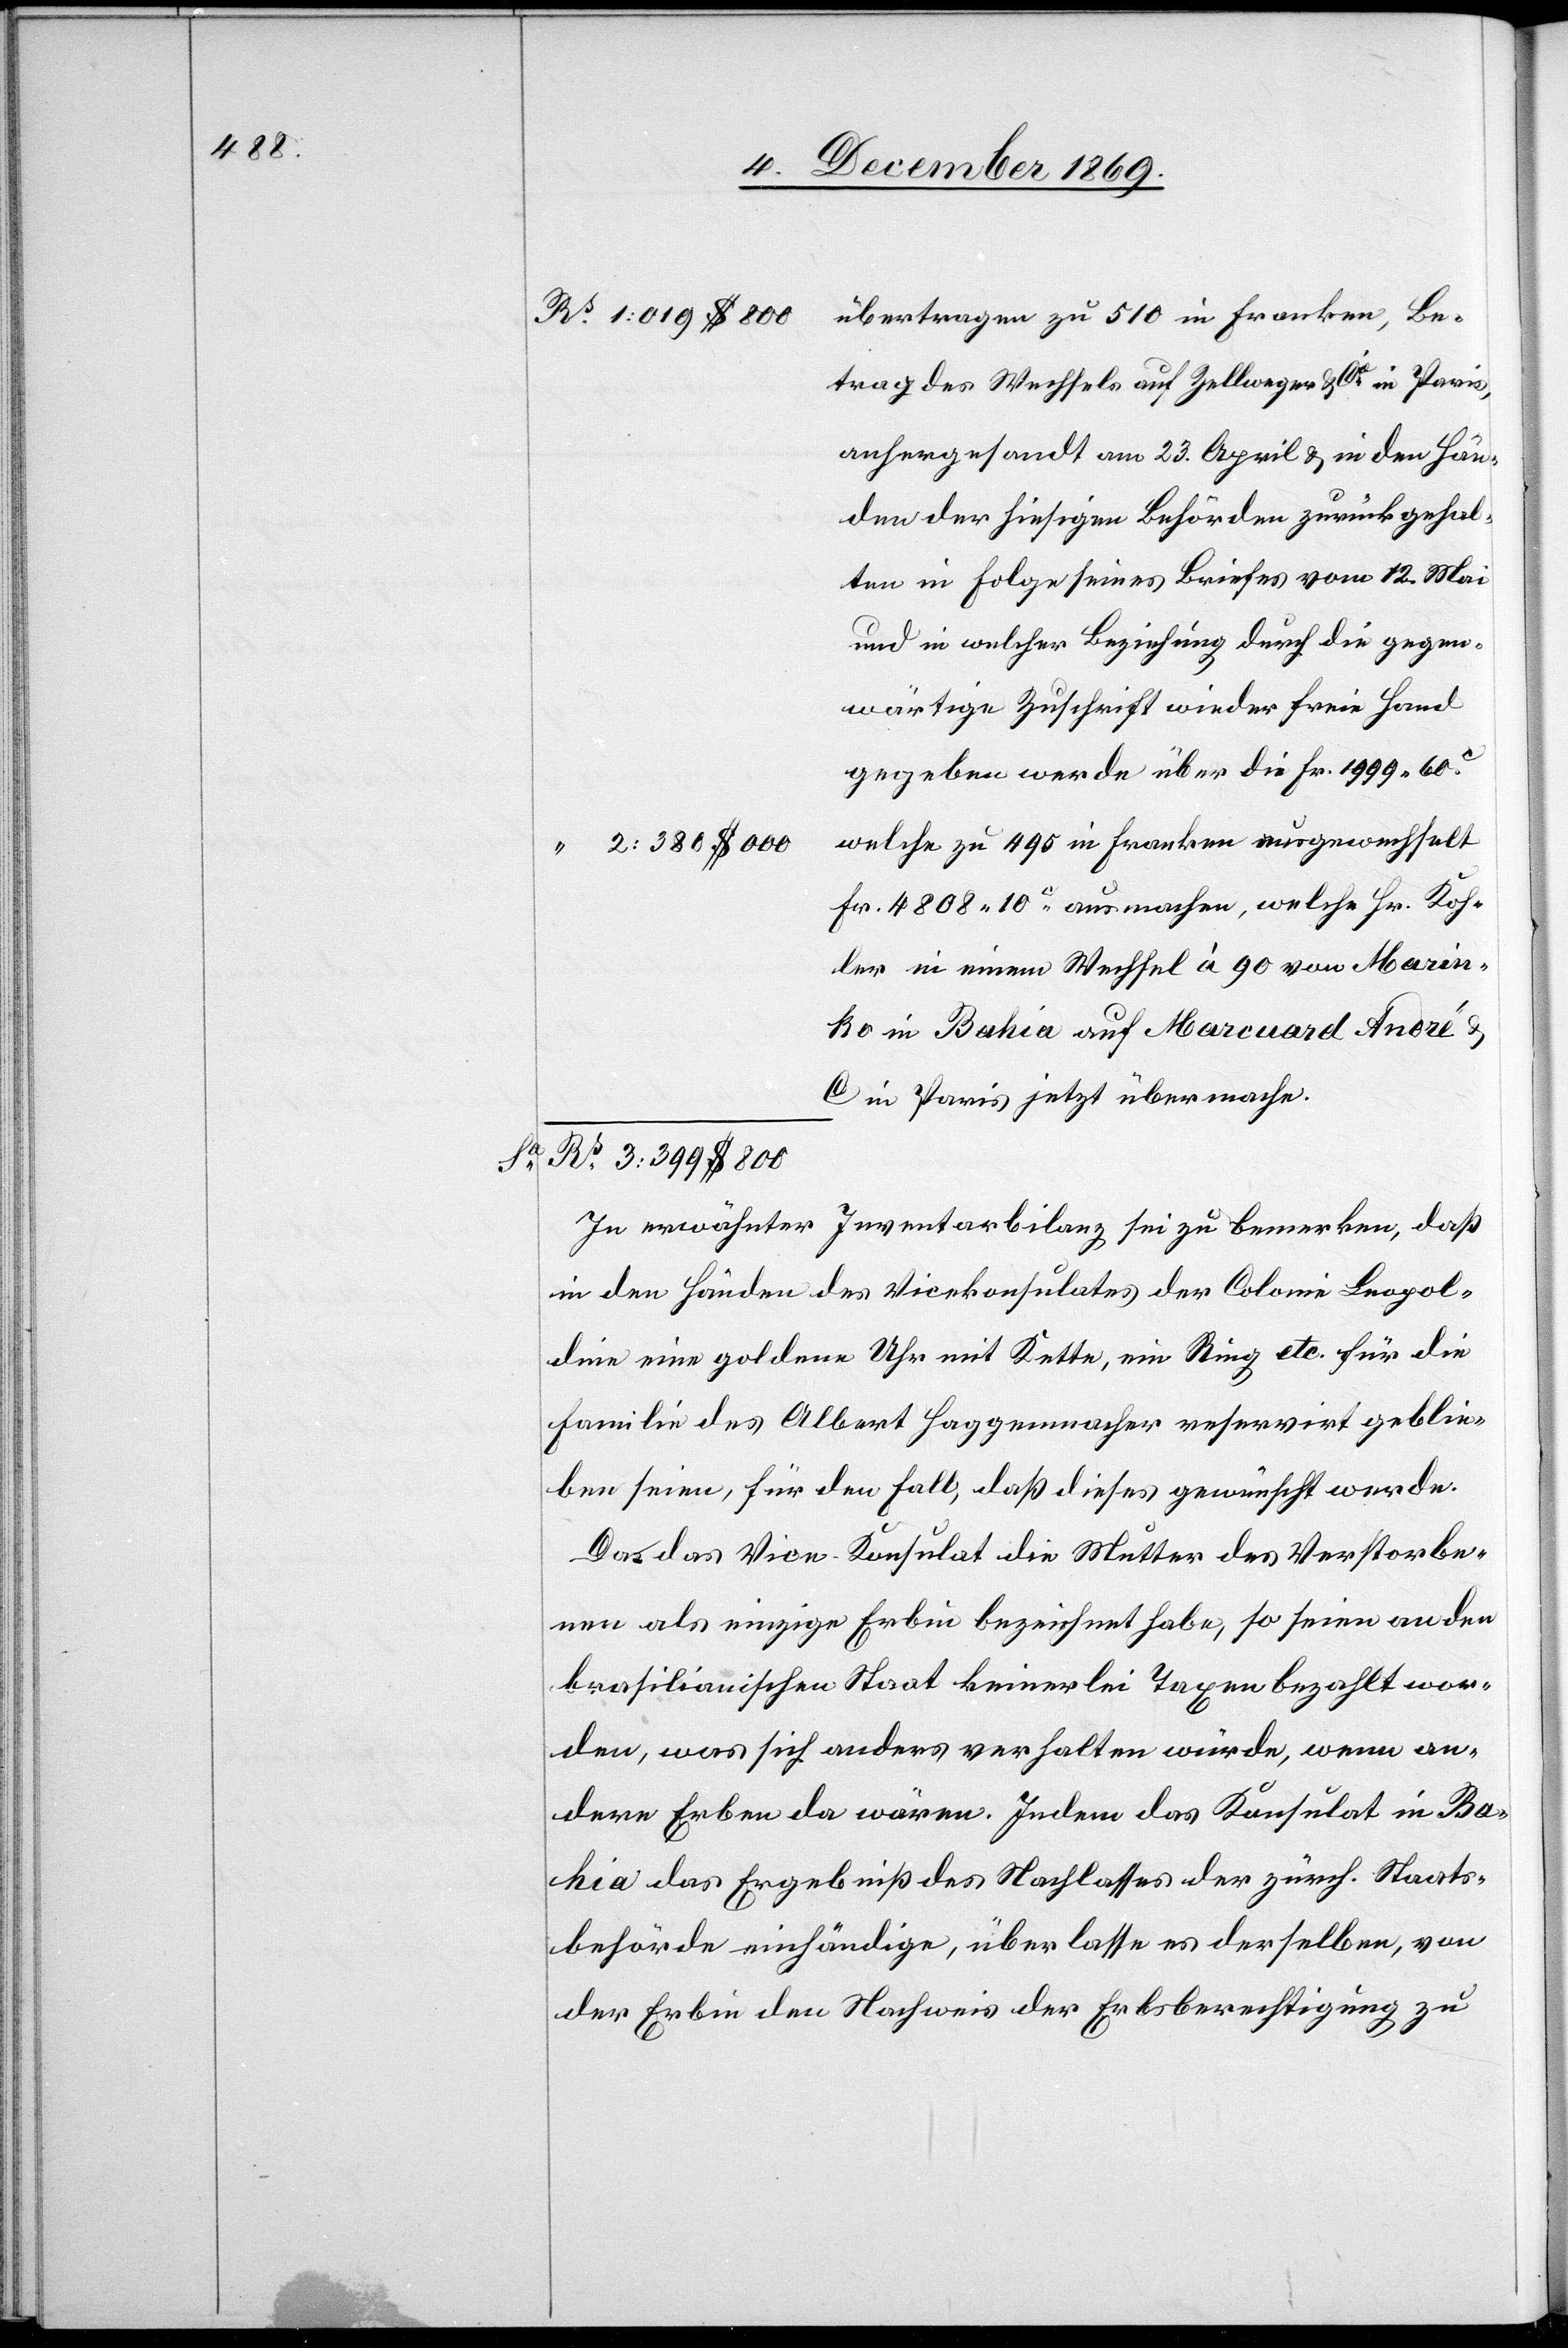
$ 800

Be¬

trag des Wechsels auf Zellweger & Cie in Paris,
anhergesandt am 23. April & in den Hän¬
den der hiesigen Behörden zurückgehal¬
ten in Folge seines Briefes vom 12. Mai
und in welcher Beziehung durch die gegen¬
wärtige Zuschrift wieder freie Hand
gegeben werde über die Fr. 1999 60C
welche zu 495 in Franken ausgewechselt
“ 2: 380 $ 000
Fr. 4808 10C ausmachen, welche Hr. Koh¬
ler in einem Wechsel à 90 von Marin¬
ko in Bahia auf Marcuard André &
C in Paris jetzt übermache.
Rs 3: 399 $ 800
In erwähnter Inventarbilanz sei zu bemerken, daß
in den Händen des Vicekonsulates der Colonie Leopol¬
dine eine goldene Uhr mit Kette, ein Ring etc. für die
Familie des Albert Haggenmacher reservirt geblie¬
ben seien, für den Fall, daß dieses gewünscht werde.
Da das Vice-Konsulat die Mutter des Verstorbe¬
nen als einzige Erbin bezeichnet habe, so seien an den
brasilianischen Staat keinerlei Taxen bezahlt wor¬
den, was sich anders verhalten würde, wenn an¬
dere Erben da wären. Indem das Konsulat in Ba¬
hia das Ergebniß des Nachlasses der zürch. Staats¬
behörde einhändige, überlasse es derselben, von
der Erbin den Nachweis der Erbsberechtigung zu